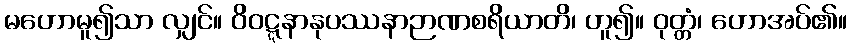
မဟောမူ၍သာ လျှင်။ ဝိဝဋ္ဋနာနုပဿနာဉာဏစရိယာတိ၊ ဟူ၍။ ဝုတ္တံ၊ ဟောအပ်၏။